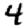
Digit: 4